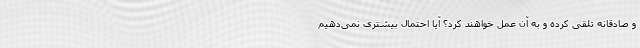
و صادقانه تلقی کرده و به آن عمل خواهند کرد؟ آیا احتمال بیشتری نمی‌دهیم